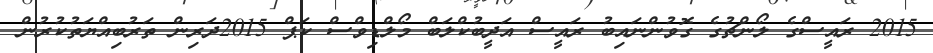
2015 ރައީސްގެ ލޯންޗުގެ ގޮވުންނައިބު ރައީސް އަދީބުކްލަބް މޯލްޑިވްސް ކަޕް 2015ދަރިން ތަރުބިއްޔަތުކުރުން